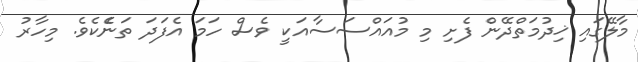
މާލޭގައި ޚިދުމަތްދޭން ފެށި މި މުއައްސަސާއަކީ ވެސް ހަމަ އެފަދަ ތަނެެކެވެ. މިހާރު